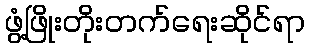
ဖွံ့ဖြိုးတိုးတက်ရေးဆိုင်ရာ